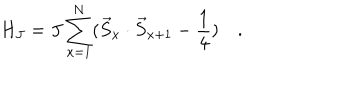
LaTeX: H _ { J } = J \sum _ { x = 1 } ^ { N } ( \vec { S } _ { x } \cdot \vec { S } _ { x + 1 } - \frac { 1 } { 4 } ) \quad .